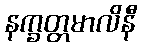
နက္ခတ္တမာလိနီ